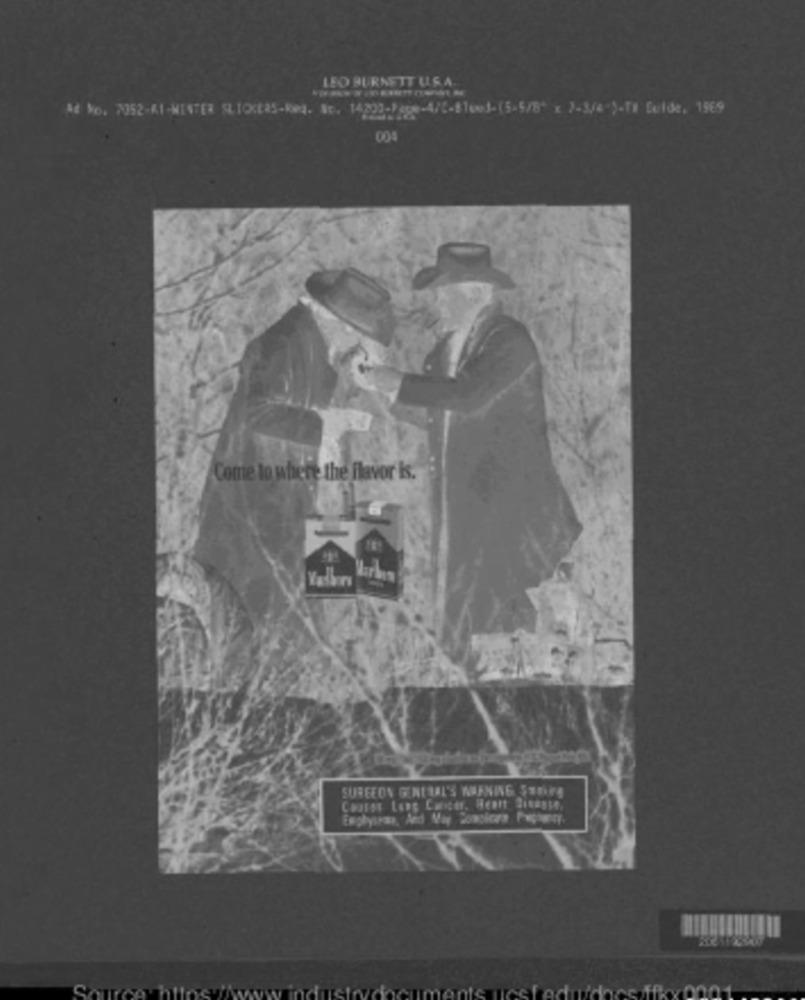
LEO BURNETT U.S.A.
Ad Mo. 7352-41-WINTER SLICES-Req. No. 14200-/4pe-4/5-8Twej-(5-5/8" x )-3/4)-T# fulde, 1969
004
Come to where the Flavor is.
SUREEON GENTILS NIFNING $15.74
Свитер Скас Синег. Неви Завари.